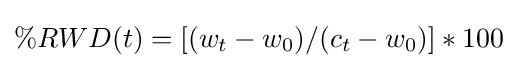
\%RWD(t)=[(w_{t}-w_{0})/(c_{t}-w_{0})]*100